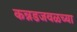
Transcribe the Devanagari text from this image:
कन्नडजवळच्या